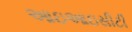
આઇઆઇસીટી